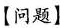
【问题】